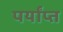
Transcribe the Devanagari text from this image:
पर्यांप्त